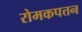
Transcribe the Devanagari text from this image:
रोमकपत्तन